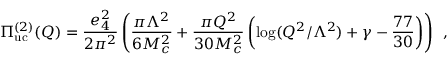
\Pi _ { \mathrm { u c } } ^ { ( 2 ) } ( Q ) = \frac { e _ { 4 } ^ { 2 } } { 2 \pi ^ { 2 } } \left( \frac { \pi \Lambda ^ { 2 } } { 6 M _ { c } ^ { 2 } } + \frac { \pi Q ^ { 2 } } { 3 0 M _ { c } ^ { 2 } } \left( \log ( Q ^ { 2 } / \Lambda ^ { 2 } ) + \gamma - \frac { 7 7 } { 3 0 } \right) \right) \, ~ ,